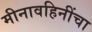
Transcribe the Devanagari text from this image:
मीनावहिनींचा